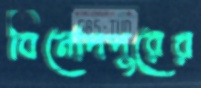
বিনোদপুরের